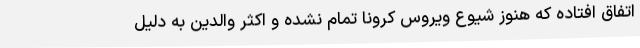
اتفاق افتاده که هنوز شیوع ویروس کرونا تمام نشده و اکثر والدین به دلیل